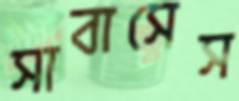
সাবাসেস